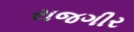
રાજગીર